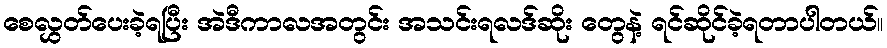
စေလွှတ်ပေးခဲ့ရပြီး အဲဒီကာလအတွင်း အသင်းရလဒ်ဆိုး တွေနဲ့ ရင်ဆိုင်ခဲ့ရတာပါတယ်။